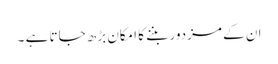
ان کے مزدور بننے کا امکان بڑھ جاتا ہے ۔